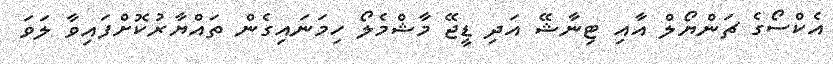
އެކްސޯގެ ޗަންޔޯލް އާއި ޓިނާޝޭ އަދި ޑީޖޭ މާޝްމެލޯ ހިމަނައިގެން ތައްޔާރުކޮށްފައިވާ ލަވަ